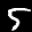
Label: 5